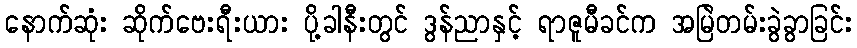
နောက်ဆုံး ဆိုက်ဗေးရီးယား ပို့ခါနီးတွင် ဒွန်ညာနှင့် ရာဇူမီခင်က အမြဲတမ်းခွဲခွာခြင်း